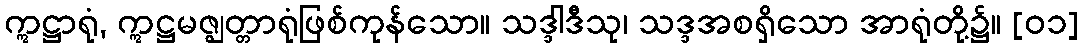
ဣဋ္ဌာရုံ, ဣဋ္ဌမဇ္ဈတ္တာရုံဖြစ်ကုန်သော။ သဒ္ဒါဒီသု၊ သဒ္ဒအစရှိသော အာရုံတို့၌။ [၀၁]